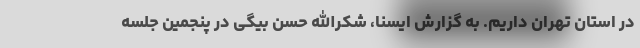
در استان تهران داریم. به گزارش ایسنا، شکرالله حسن بیگی در پنجمین جلسه